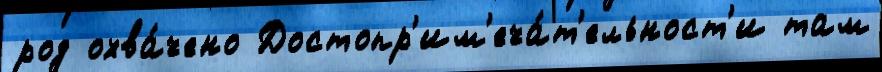
род охва́чено Достопр'им'еча́т'ельност'и там